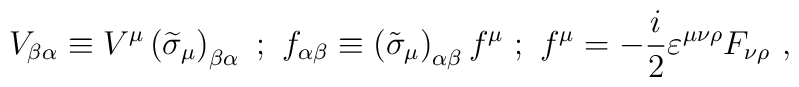
V_{\beta \alpha }\equiv V^\mu \left( \widetilde{\sigma }_\mu \right) _{\beta\alpha }\mbox{ };\mbox{ }f_{\alpha \beta }\equiv \left( \tilde{\sigma}_\mu\right) _{\alpha \beta }f^\mu \mbox{ };\mbox{ }f^\mu =-\frac i2\varepsilon^{\mu \nu \rho }F_{\nu \rho }\mbox{ },